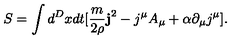
S = \int d ^ { D } x d t [ \frac { m } { 2 \rho } { \bf j } ^ { 2 } - j ^ { \mu } A _ { \mu } + \alpha \partial _ { \mu } j ^ { \mu } ] .